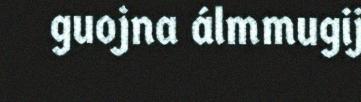
guojna álmmugij